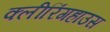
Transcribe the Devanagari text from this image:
क्लीरिंगहाउस